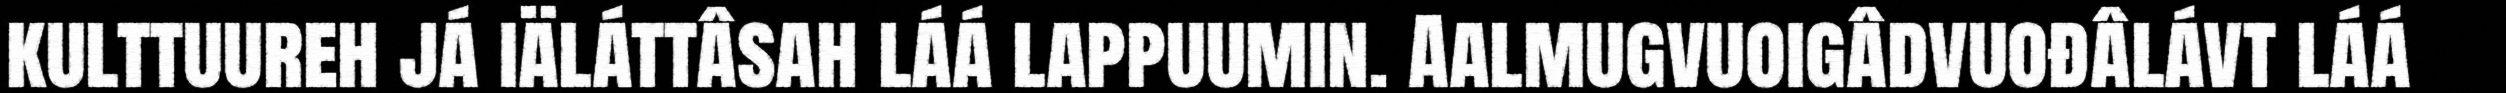
kulttuureh já iäláttâsah láá lappuumin. Aalmugvuoigâdvuođâlávt láá